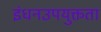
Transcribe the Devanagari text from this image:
इंधनउपयुक्तता